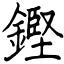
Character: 鏗